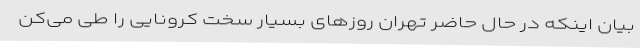
بیان اینکه در حال حاضر تهران روزهای بسیار سخت کرونایی را طی می‌کن